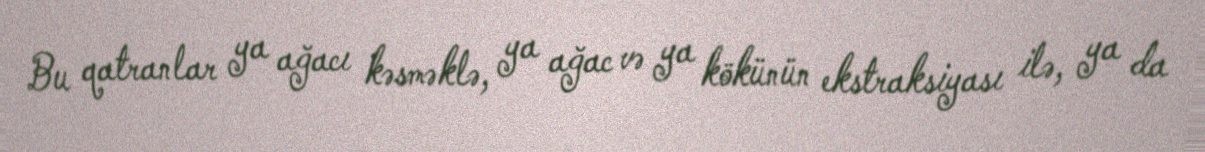
Bu qatranlar ya ağacı kəsməklə, ya ağac və ya kökünün ekstraksiyası ilə, ya da